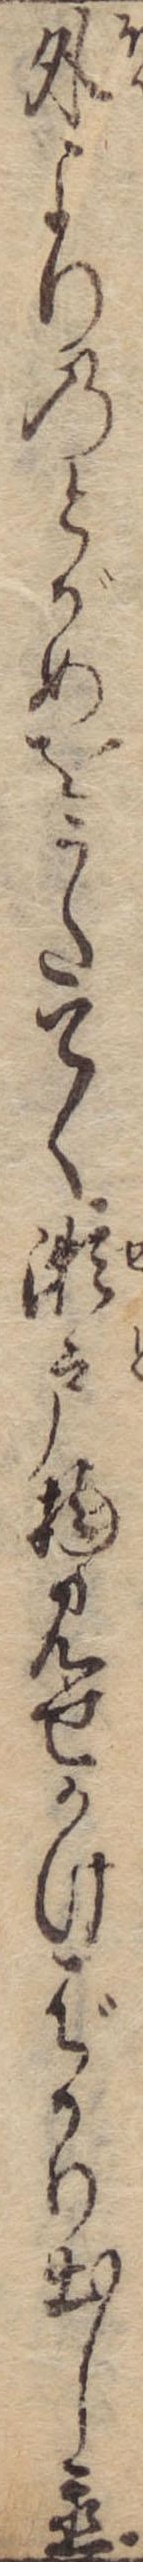
外よりのとがめをうたてく瀬戸物見せかけばかり出し置